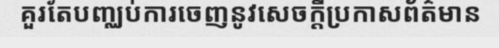
គួរតែបញ្ឈប់ការចេញនូវសេចក្តីប្រកាសព័ត៌មាន